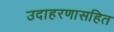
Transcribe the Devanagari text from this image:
उदाहरणासहित